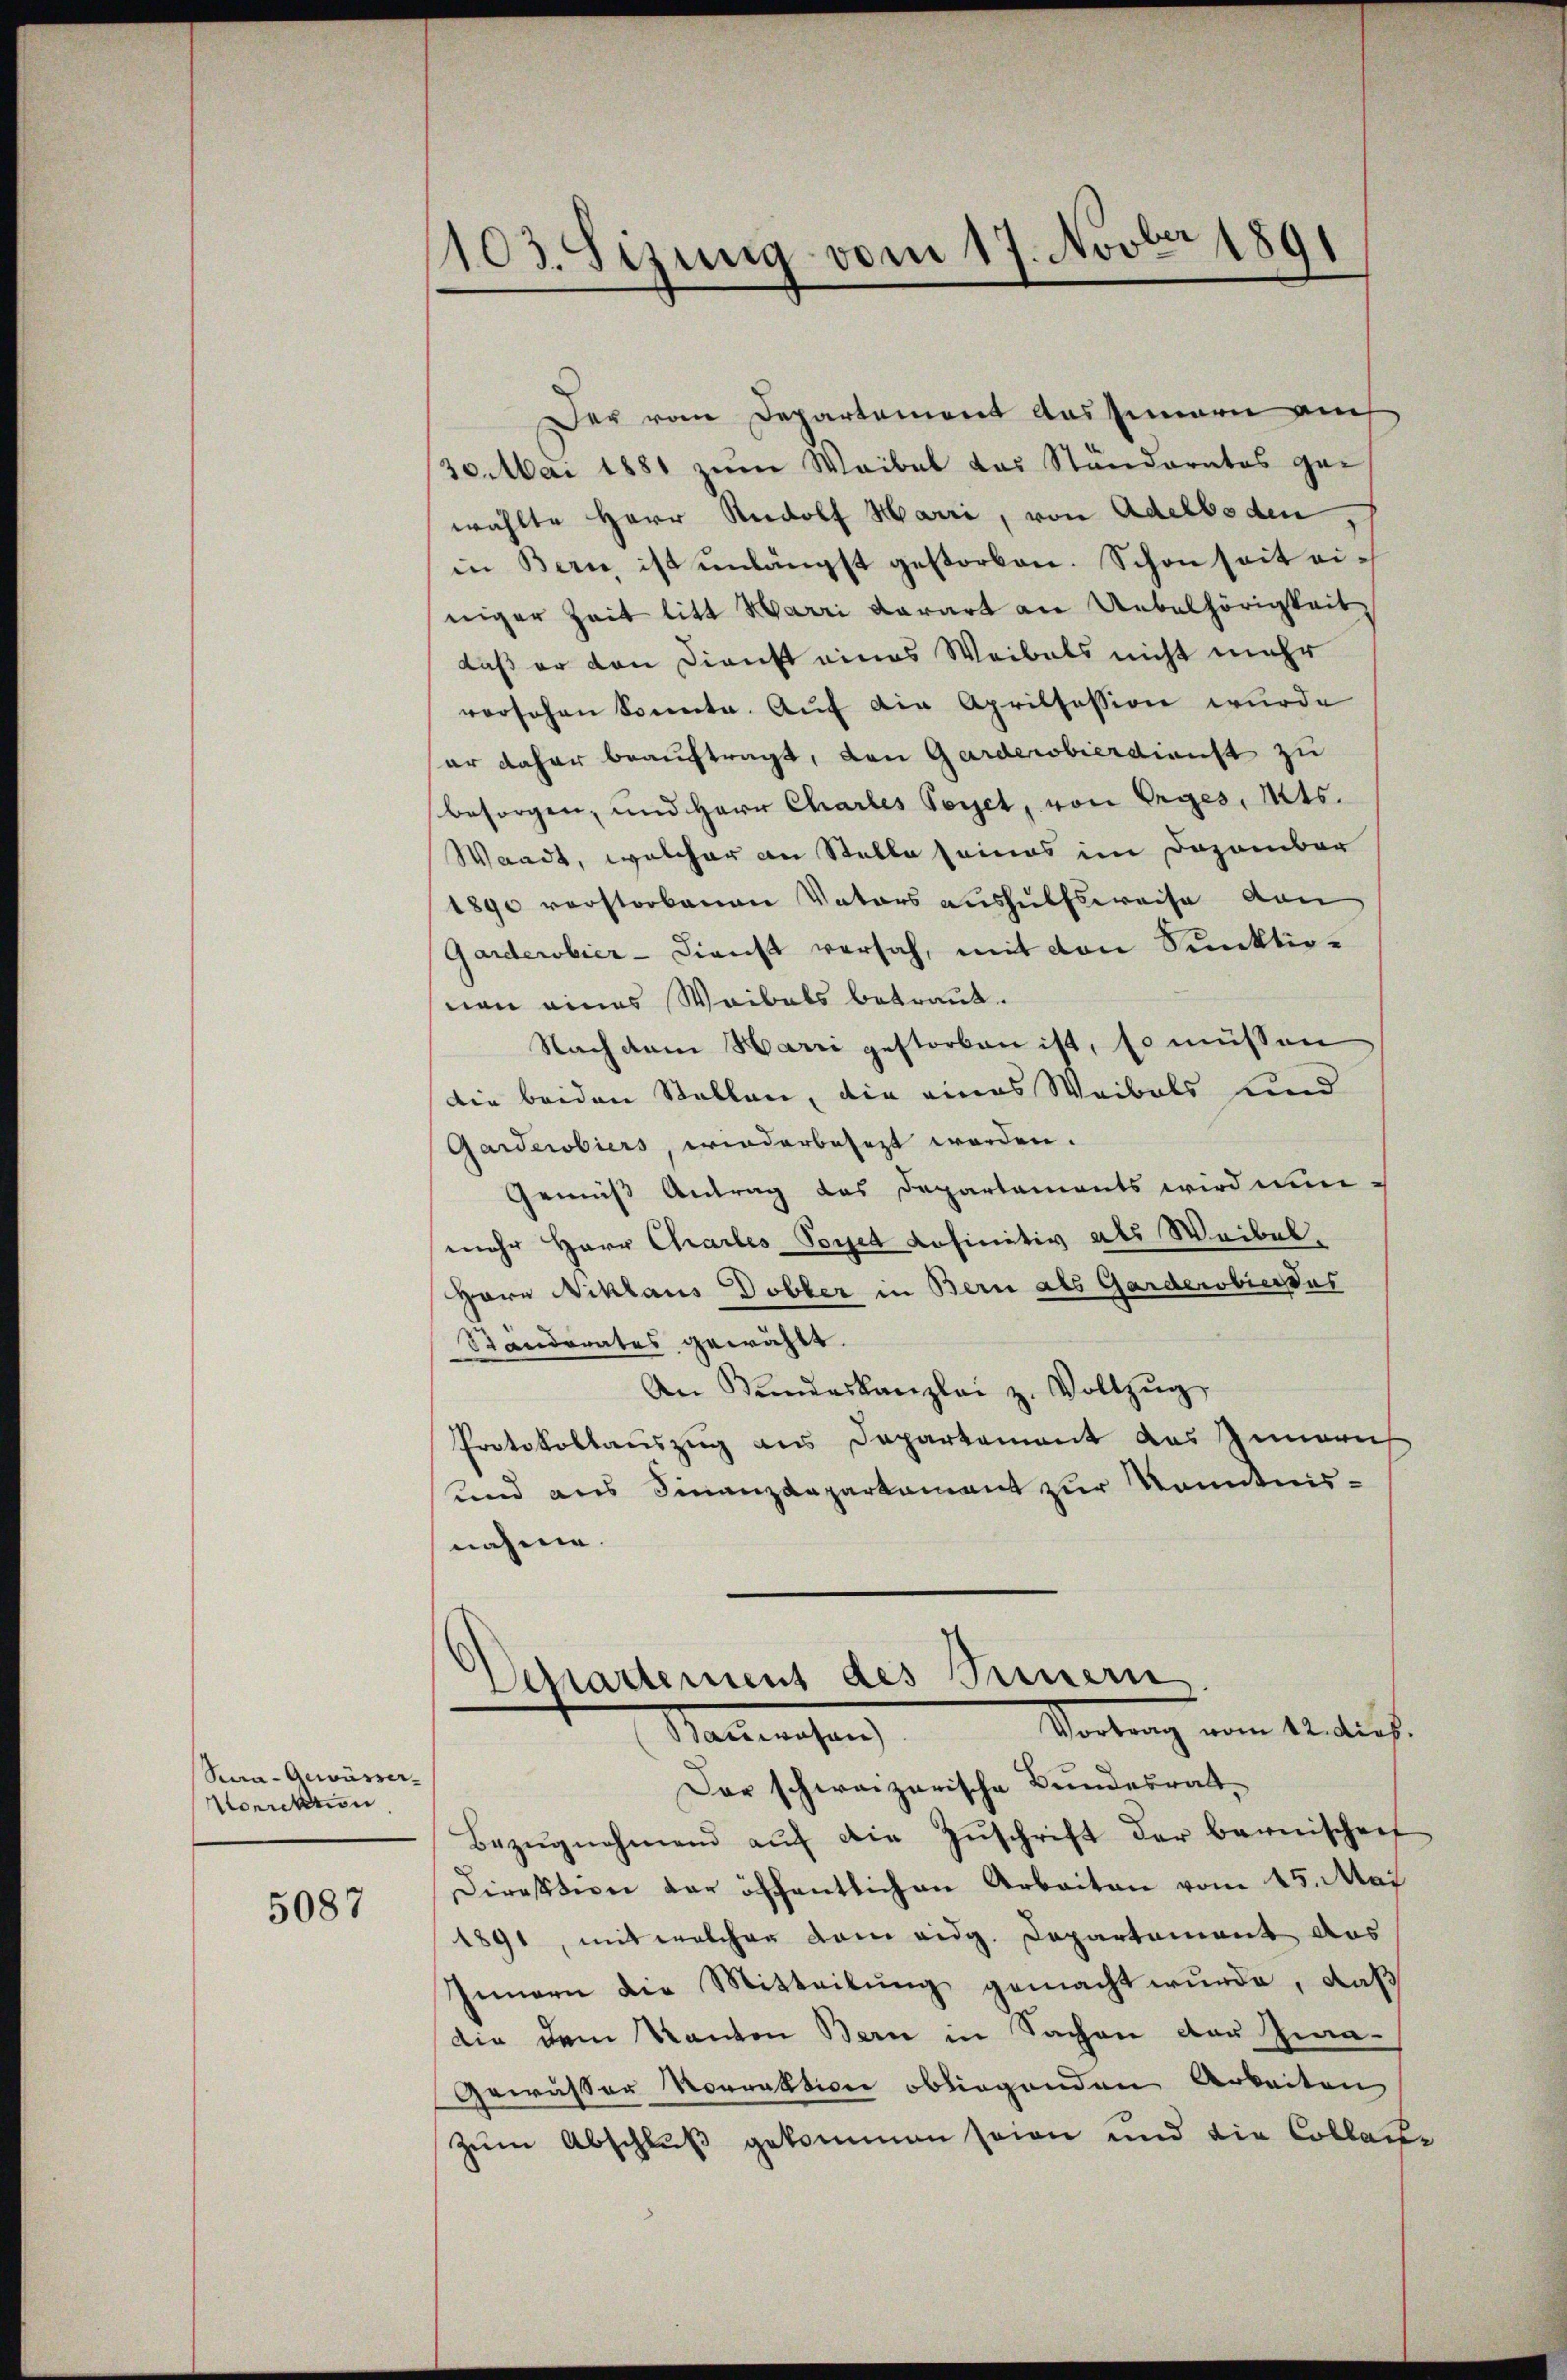
Sura-Gewürzer-
Vorrektion

5087

103. Sizung vom 17. Novber 1891

Der vom Departement Aussinern auch
30. Mai 1881 zum Waibel das Ständerates ge-
wählte Herr Rudolf Harri, von Adelboden,
in Bern, ist unlängst gestorben. Schon seit einiger Zeit litt Harri darart an Uebelhörigkeit
daß er den Dienst eines Weibels nicht mehr
versehen konnte. Aŭf die Aprilfession wurde
er daher beauftragt, den Garderobierdienst zu
besorgen, und Herr Charles Geret, von Orges, Mts.
Waadt, welcher an Stelle seines im Dezember
1890 verstorbenen Vaters aushülfsweise von
Garderobier - Dienst versah, mit von Punktionan eines Waibels betraut.
Nachdem Harri gestorben ist, so müssen
die beiden Stellen, die eines Weibels und
Garderobiers, wiederbesezt worden.
Gemäss Antrag des Departements wird nun-
mehr Herr Chartes Poret definitiv als Weibel.
Herr Niklaus Dobler in Bern als Garderobindus
Standerates gewählt.
An Kundeskanzlei z. Vollzŭg
Protokollauszug aus Departement des Inneris
sund aus Finanzdepartement zur Kenntnisnahme.
Departement des Fernern,
Vortrag vom Anders.
Nammenhan
Der schweizerische Bundesrat
Bezŭgnehmend aŭf die Zŭschrift der bernischen
Direktion der öffentlichen Arbeiten vom 15. Mai
1891, mit welcher dem eidg. Departement das
Innern die Mitteilung gemacht wurde, daß
die dem Kanton Bern in Sachen der Ima-
Gewässer Norrektion obliegenden Arbeiten
zum Abschluß gekommen seien und die Collau